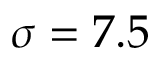
\sigma = 7 . 5